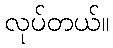
လုပ်တယ်။